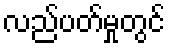
လည်ပတ်မှုတွင်